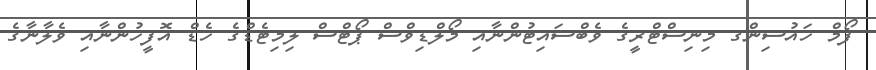
ފޯމް ހައުސިންގ މިނިސްޓްރީގެ ވެބްސައިޓުންނާއި މޯލްޑިވްސް ޕޯޓްސް ލިމިޓެޑްގެ ހެޑް އޮފީހުންނާއި ވެލާނާގެ